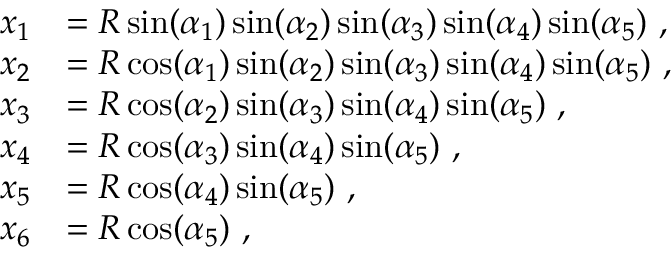
\begin{array} { r l } { x _ { 1 } } & { = R \sin ( \alpha _ { 1 } ) \sin ( \alpha _ { 2 } ) \sin ( \alpha _ { 3 } ) \sin ( \alpha _ { 4 } ) \sin ( \alpha _ { 5 } ) ~ , } \\ { x _ { 2 } } & { = R \cos ( \alpha _ { 1 } ) \sin ( \alpha _ { 2 } ) \sin ( \alpha _ { 3 } ) \sin ( \alpha _ { 4 } ) \sin ( \alpha _ { 5 } ) ~ , } \\ { x _ { 3 } } & { = R \cos ( \alpha _ { 2 } ) \sin ( \alpha _ { 3 } ) \sin ( \alpha _ { 4 } ) \sin ( \alpha _ { 5 } ) ~ , } \\ { x _ { 4 } } & { = R \cos ( \alpha _ { 3 } ) \sin ( \alpha _ { 4 } ) \sin ( \alpha _ { 5 } ) ~ , } \\ { x _ { 5 } } & { = R \cos ( \alpha _ { 4 } ) \sin ( \alpha _ { 5 } ) ~ , } \\ { x _ { 6 } } & { = R \cos ( \alpha _ { 5 } ) ~ , } \end{array}